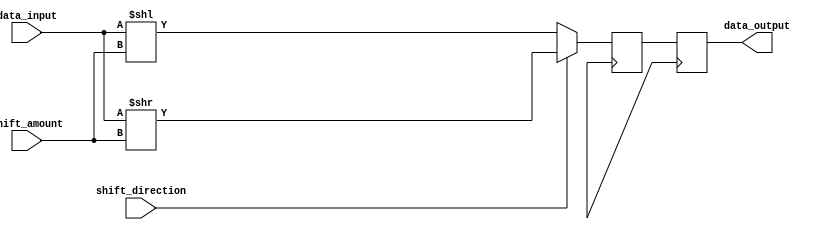
module Barrel_Shifter (
    input wire [7:0] data_input,
    input wire [2:0] shift_amount,
    input wire shift_direction,
    output reg [7:0] data_output
);

reg [7:0] temp_data;

always @(posedge clk) begin
    if (shift_direction == 1'b0) begin
        temp_data <= data_input << shift_amount;
    end else begin
        temp_data <= data_input >> shift_amount;
    end
end

always @(posedge clk) begin
    data_output <= temp_data;
end

endmodule